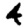
Digit: 4